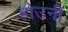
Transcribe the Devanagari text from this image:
होउनी